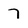
Character: 7